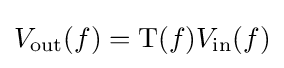
V_{\text{out}}(f)={\text{T}}(f)V_{\text{in}}(f)